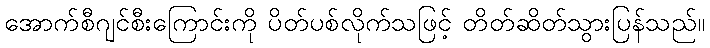
အောက်စီဂျင်စီးကြောင်းကို ပိတ်ပစ်လိုက်သဖြင့် တိတ်ဆိတ်သွားပြန်သည်။